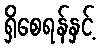
ရှိစေရန်နှင့်